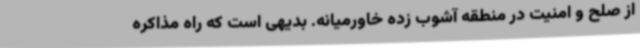
از صلح و امنیت در منطقه آشوب زده خاورمیانه. بدیهی است که راه مذاکره